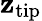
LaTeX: \mathbf{z}_{\mathrm{{tip}}}